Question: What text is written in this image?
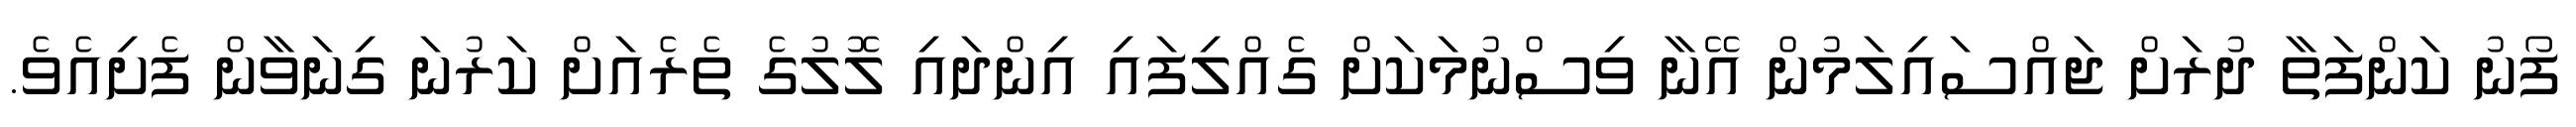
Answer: ފޯނު ކަންފަތާ ދުރަށް ޖައްސައިލަމުން އޭނާ ވިސްނުމަކަށް ގެއްލިފައި އިންދައި ލޮލުގެ ތެރެއަށް ކަރުނަ ގިނަވާން ފެށިއެވެ.